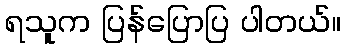
ရသူက ပြန်ပြောပြ ပါတယ်။